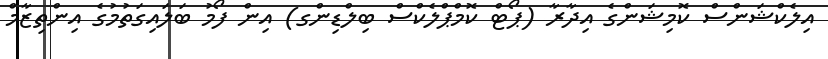
އިލެކްޝަންސް ކޮމިޝަންގެ އިދާރާ (ޕޯޓް ކޮމްޕްލެކްސް ބިލްޑިންގ) އިން ފޯމު ބަލައިގަތުމުގެ އިންތިޒާމް